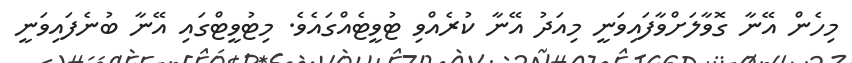
މިހެން އޭނާ ގޮވާލަށްވާފައިވަނީ މިއަދު އޭނާ ކުރެއްވި ޓުވީޓެއްގައެވެ. މިޓުވީޓްގައި އޭނާ ބުނެފައިވަނީ